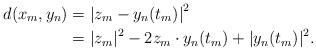
LaTeX: \begin{align*}d(x_m,y_n) & = \left| z_m - y_n(t_m) \right|^2 \\ & = |z_m|^2 - 2 z_m \cdot y_n(t_m) + |y_n(t_m)|^2. \end{align*}